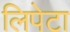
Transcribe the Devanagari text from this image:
लिपेटा